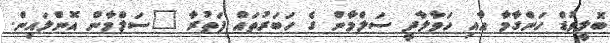
ބޮލީވުޑް ހަންގާމާ އާއި ހަވާލާދީ ސަލްމާން ގެ ހަބަރުތައް ފަތުރާ "ސަލްމާން އޮންލައިން.